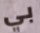
بي